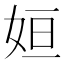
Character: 姮